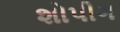
શોપીગ